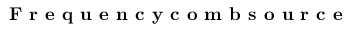
\textbf { F r e q u e n c y c o m b s o u r c e }